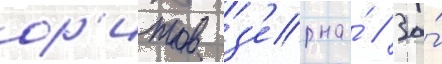
ор'итов з'ерна́ // За́